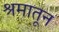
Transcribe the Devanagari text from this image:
श्रमातून